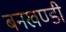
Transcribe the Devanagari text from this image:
बनखण्डी